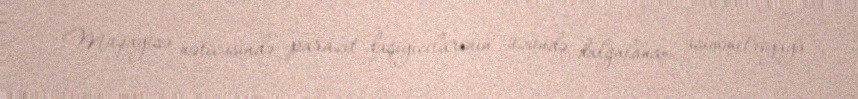
Müqayisə nəticəsində parazit daşıyıcılarının üzündə dalğalanan asimmetriyaya